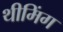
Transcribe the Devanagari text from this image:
थीमिंग